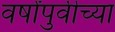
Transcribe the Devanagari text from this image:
वर्षांपुर्वीच्या